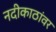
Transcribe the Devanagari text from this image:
नदीकाठांवर